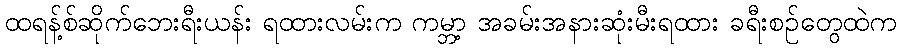
ထရန့်စ်ဆိုက်ဘေးရီးယန်း ရထားလမ်းက ကမ္ဘာ့ အခမ်းအနားဆုံးမီးရထား ခရီးစဉ်တွေထဲက